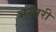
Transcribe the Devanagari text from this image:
भरतरी